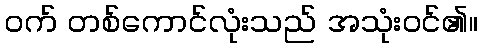
ဝက် တစ်ကောင်လုံးသည် အသုံးဝင်၏။